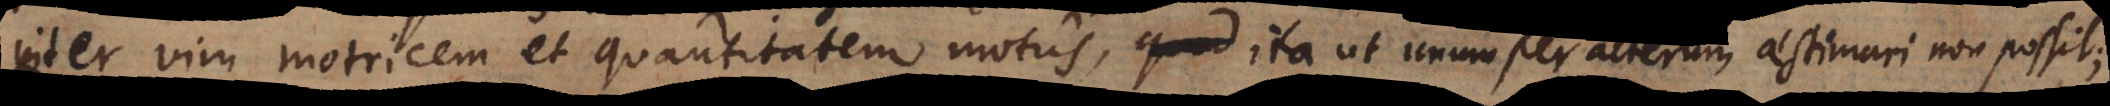
inter vim motricem et quantitatem motus, ita ut unum per alterum aestimari non possit,